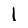
Character: l